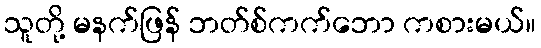
သူတို့ မနက်ဖြန် ဘတ်စ်ကက်ဘော ကစားမယ်။